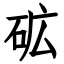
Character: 砿